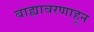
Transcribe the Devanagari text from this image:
बाह्यावरणाहून